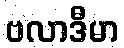
ဗလာဒီမာ